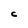
Character: C